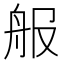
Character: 𦨕